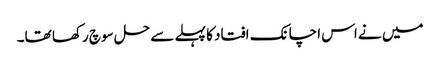
میں نے اس اچانک افتاد کا پہلے سے حل سوچ رکھا تھا۔